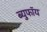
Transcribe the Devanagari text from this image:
ब्युफॉय